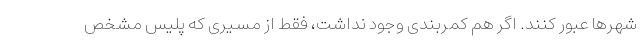
شهرها عبور کنند. اگر هم کمربندی وجود نداشت، فقط از مسیری که پلیس مشخص